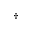
\dagger